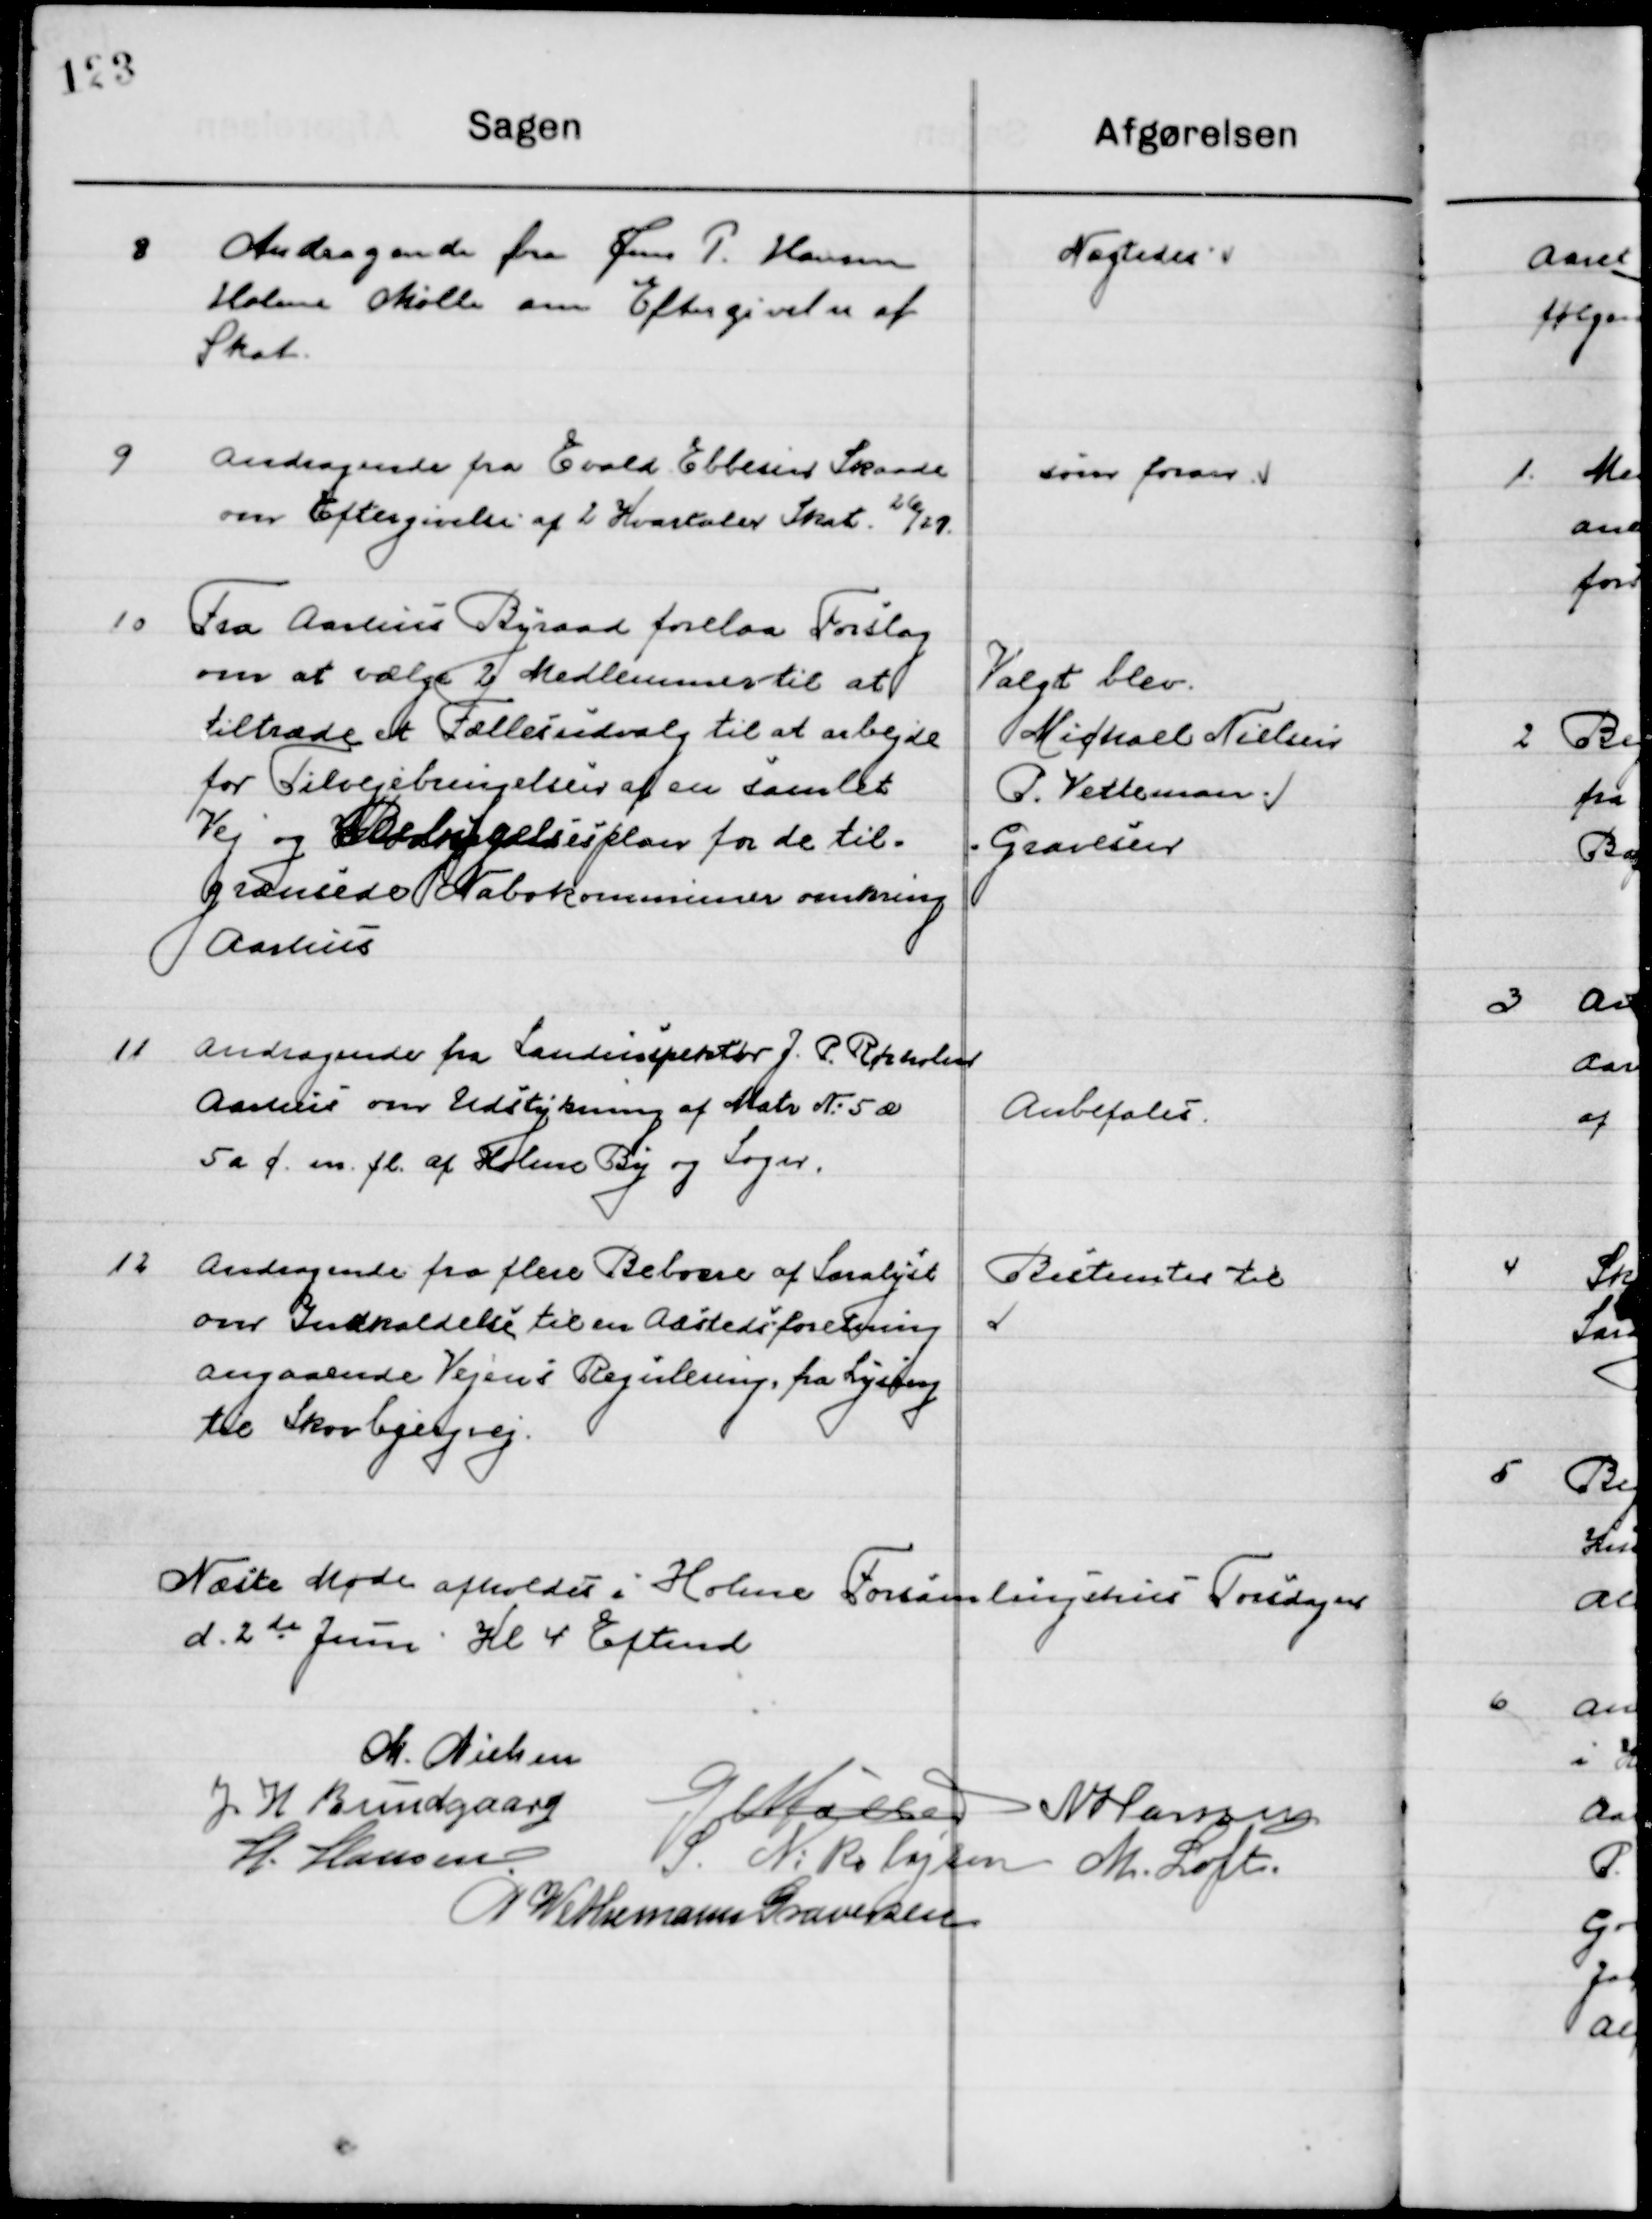
Transskription:
8

Andragende fra Jens P. Hansen
Holme Mølle om Eftergivelse af 
Skat.

Nægtedes

9

Andragende fra Evald Ebbesen Skaade
om Eftergivelse af 2 Kvartaler Skat 26/27.

som foran

10

Fra Aarhus Byraad forelaa Forslag
om at vælge 2 Medlemmer til at
tiltræde et fællesudvalg til at arbejde
for Tilvejebringelse af en samlet
vej og Bebyggelsesplan for de til-
grænsede Nabokommuner omkring 
Aarhus.

Valgt blev
Michael Nielsen
P. Vetteman
Gravesen

11

Andragende fra Landinspektør J. P. Rørholm
Aarhus om Udstykning af Matr. Nr. 5 a
5 a c. m.fl. af Holme By og Sogn.

Anbefales

12

Andragende fra flere Beboere af Saralyst
om Indkaldelse til en Aasteds forretning
Angaaende vejens Regulering, fra Lyseng
til Skovbjergvej.

Bestemtes til

Næste Møde afholdes  i Holme Forsamlingshus Torsdag 
 d. 2de Juni Kl. 4 Eftermd.

M. Nielsen
J. H. Bundgaard
G. Møller
Chr. Strunge
H. Hansen
S. Nikolajsen
M. Loft
P. Wethemann Graversen